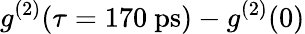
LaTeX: g^{(2)}(\tau=170~\mathrm{ps})-g^{(2)}(0)